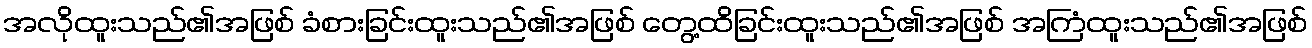
အလိုထူးသည်၏အဖြစ် ခံစားခြင်းထူးသည်၏အဖြစ် တွေ့ထိခြင်းထူးသည်၏အဖြစ် အကြံထူးသည်၏အဖြစ်